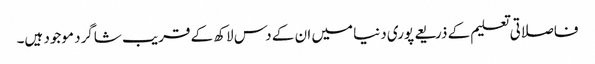
فاصلاتی تعلیم کے ذریعے پوری دنیا میں ان کے دس لاکھ کے قریب شاگرد موجود ہیں۔